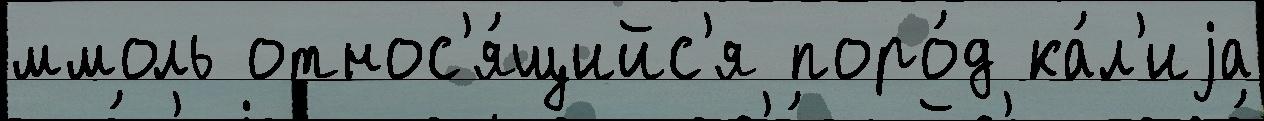
ммоль относ'я́щийс'я поро́д ка́л'иjа